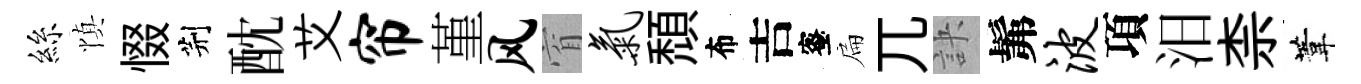
絲慎惙荆酖艾帘堇风窅气頹布吉蜜扁兀訣髴波項汨柰葦